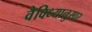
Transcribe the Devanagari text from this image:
वैविध्यानुसार